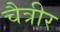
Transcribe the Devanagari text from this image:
चैत्रीर